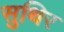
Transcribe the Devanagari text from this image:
सुथिर